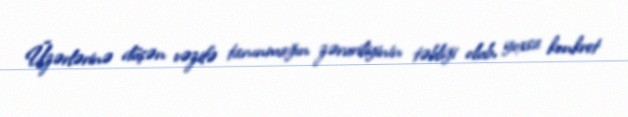
Üzərlərinə düşən vəzifə tanınmağın zəruriliyinin təbliği olub, yoxsa konkret